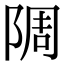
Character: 䧓